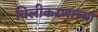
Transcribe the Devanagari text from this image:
विलीकरणाच्या